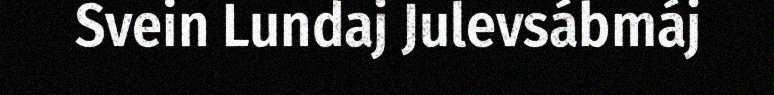
Svein Lundaj Julevsábmáj